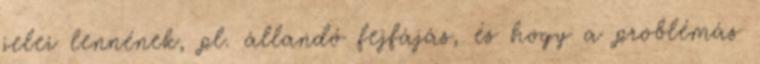
jelei lennének, pl. állandó fejfájás, és hogy a problémás